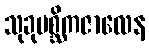
သုခုမစ္ဆိကဇာလေန